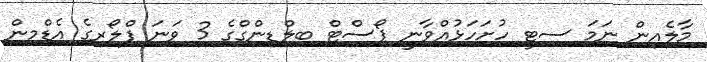
މާލެއިން ނަމަ ސިޓީ ހުށަހަޅުއްވާނީ ޕޯސްޓް ބިލްޑިންގްގެ 3 ވަނަ ފްލޯރގެ އެޑްމިން